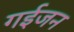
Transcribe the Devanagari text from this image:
गईजन